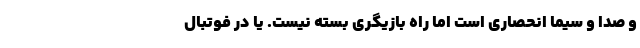
و صدا و سیما انحصاری است اما راه بازیگری بسته نیست. یا در فوتبال